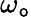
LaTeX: \omega_{\mathtt{o}}